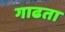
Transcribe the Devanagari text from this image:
गाढता